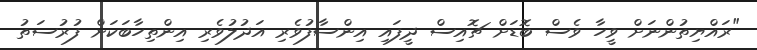
"ރައްޔިތުންނަށް ވީހާ ވެސް ބޮޑަށް ޗޮއިސް ދީފައި އިންސާފުވެރި އަދުލުވެރި އިންތިހާބަކަށް ފުރުސަތު